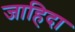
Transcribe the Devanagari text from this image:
जाहिदा